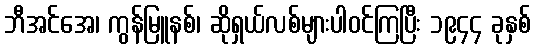
ဘီအင်အေ၊ ကွန်မြူနစ်၊ ဆိုရှယ်လစ်များပါဝင်ကြပြီး ၁၉၄၄ ခုနှစ်